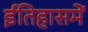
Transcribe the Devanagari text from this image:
ईतिहासमें